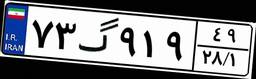
۶۱گ۵۳۸۰۶